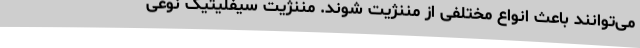
می‌توانند باعث انواع مختلفی از مننژیت شوند. مننژیت سیفلیتیک نوعی